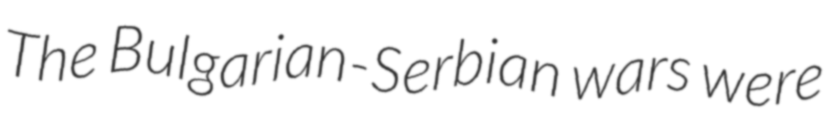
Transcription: The Bulgarian-Serbian wars were